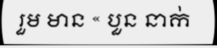
រួម មាន « បួន នាក់